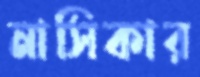
নাসিকার